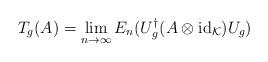
LaTeX: \begin{align*}T_g(A)=\lim_{n\to\infty} E_n(U_g^\dagger(A\otimes\operatorname{id}_{\mathcal K})U_g)\end{align*}